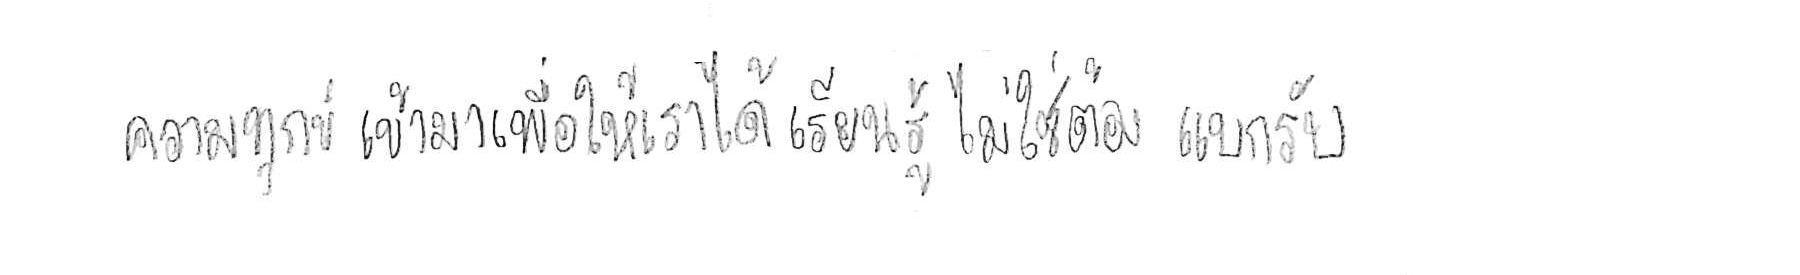
ความทุกข์ เข้ามาเพื่อให้เราได้ เรียนรู้ ไม่ใช่ต้อง แบกรับ